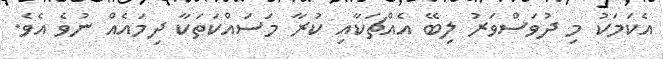
އެކަމަކު މި ދުވަސްވަރު ލިބޭ އެއްޗަކާއި ކުރާ މަސައްކަތަކާ ދިމައެއް ނުވެ އެވެ.